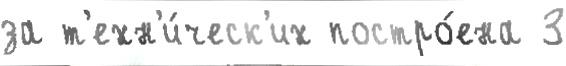
за т'ехн'и́ческ'их постро́ена 3